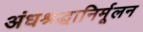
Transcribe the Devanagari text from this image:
अंधश्रद्धानिर्मूलन